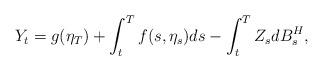
LaTeX: \begin{align*} Y_{t}=g(\eta_{T}) + \int_t^T f(s,\eta_{s}) ds - \int_t^T Z_{s} dB_{s}^{H},\end{align*}